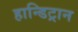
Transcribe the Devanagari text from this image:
हान्डिट्रान